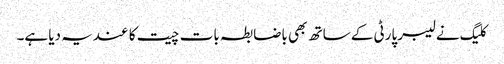
کلیگ نے لیبر پارٹی کے ساتھ بھی باضابطہ بات چیت کا عندیہ دیا ہے۔